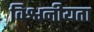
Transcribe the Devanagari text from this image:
विश्वनीयता